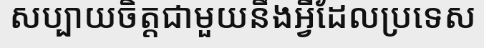
សប្បាយចិត្តជាមួយនឹងអ្វីដែលប្រទេស